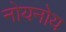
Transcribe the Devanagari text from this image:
नोयनोय